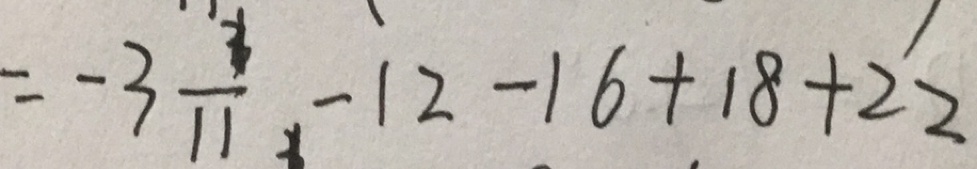
= - 3 \frac { 1 } { 1 1 } - 1 2 - 1 6 + 1 8 + 2 2